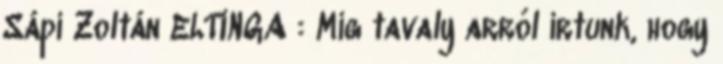
Sápi Zoltán ELTINGA : Míg tavaly arról írtunk, hogy